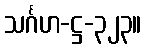
သင်္ဂဟ-ဋ္ဌ-၃၂၃။